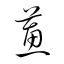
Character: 蕙